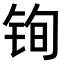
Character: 𫓲